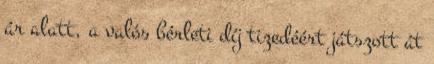
ár alatt, a valós bérleti díj tizedéért játszott át